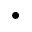
\bullet